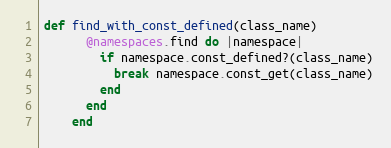
Language: Ruby
def find_with_const_defined(class_name)
      @namespaces.find do |namespace|
        if namespace.const_defined?(class_name)
          break namespace.const_get(class_name)
        end
      end
    end